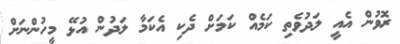
ރޮވުން އެއީ ލަދުވެތި ކަމެއް ކަމަށް ދެކި އެކަމާ ލަދުން އުޅޭ މީހުންނަށް